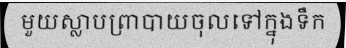
មួយស្លាបព្រាបាយចុលទៅក្នុងទឹក